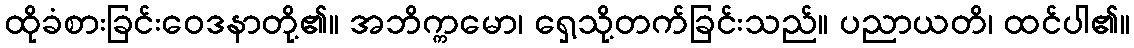
ထိုခံစားခြင်းဝေဒနာတို့၏။ အဘိက္ကမော၊ ရှေ့သို့တက်ခြင်းသည်။ ပညာယတိ၊ ထင်ပါ၏။